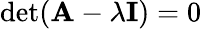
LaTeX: \operatorname*{det}(\mathbf{A}-\lambda\mathbf{I})=0